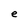
Character: e